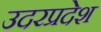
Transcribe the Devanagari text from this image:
उदरप्रदेश